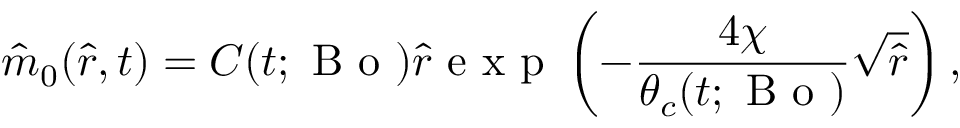
\hat { m } _ { 0 } ( \hat { r } , t ) = C ( t ; \mathrm { ~ B ~ o ~ } ) \hat { r } \mathrm { ~ e ~ x ~ p ~ } \left( - \frac { 4 \chi } { \theta _ { c } ( t ; \mathrm { ~ B ~ o ~ } ) } \sqrt { \hat { r } } \right) ,